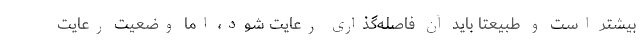
بیشتر است و طبیعتا باید آن فاصله‌گذاری رعایت شود، اما وضعیت رعایت